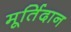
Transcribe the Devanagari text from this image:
मूर्तिदान